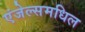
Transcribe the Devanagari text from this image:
एंजेल्समधिल